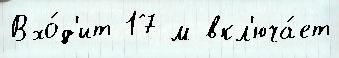
Вхо́д'ит 17 м вкл'юча́ет